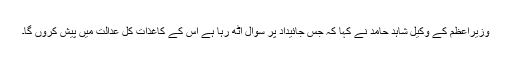
وزیراعظم کے وکیل شاہد حامد نے کہا کہ جس جائیداد پر سوال اٹھ رہا ہے اس کے کاغذات کل عدالت میں پیش کروں گا۔